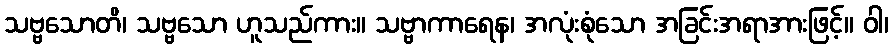
သဗ္ဗသောတိ၊ သဗ္ဗသော ဟူသည်ကား။ သဗ္ဗာကာရေန၊ အလုံးစုံသော အခြင်းအရာအားဖြင့်။ ဝါ၊